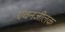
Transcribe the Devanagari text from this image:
एवनजीलक